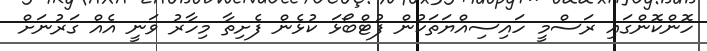
ހޮންކޮންގައި ރަސްމީ ހައިސިއްޔަތަކުން ފުޓްބޯޅަ ކުޅެން ފެށިތާ މިހާރު ވަނީ އެއްް ގަރުނަށް